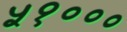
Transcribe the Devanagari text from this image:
५१०००